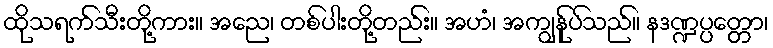
ထိုသရက်သီးတို့ကား။ အညေ၊ တစ်ပါးတို့တည်း။ အဟံ၊ အကျွန်ုပ်သည်။ နဒဏ္ဍပ္ပတ္တော၊